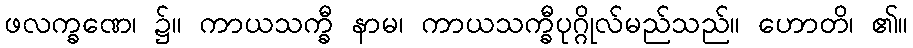
ဖလက္ခဏေ၊ ၌။ ကာယသက္ခီ နာမ၊ ကာယသက္ခီပုဂ္ဂိုလ်မည်သည်။ ဟောတိ၊ ၏။